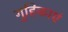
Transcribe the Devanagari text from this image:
गुहिकाएं